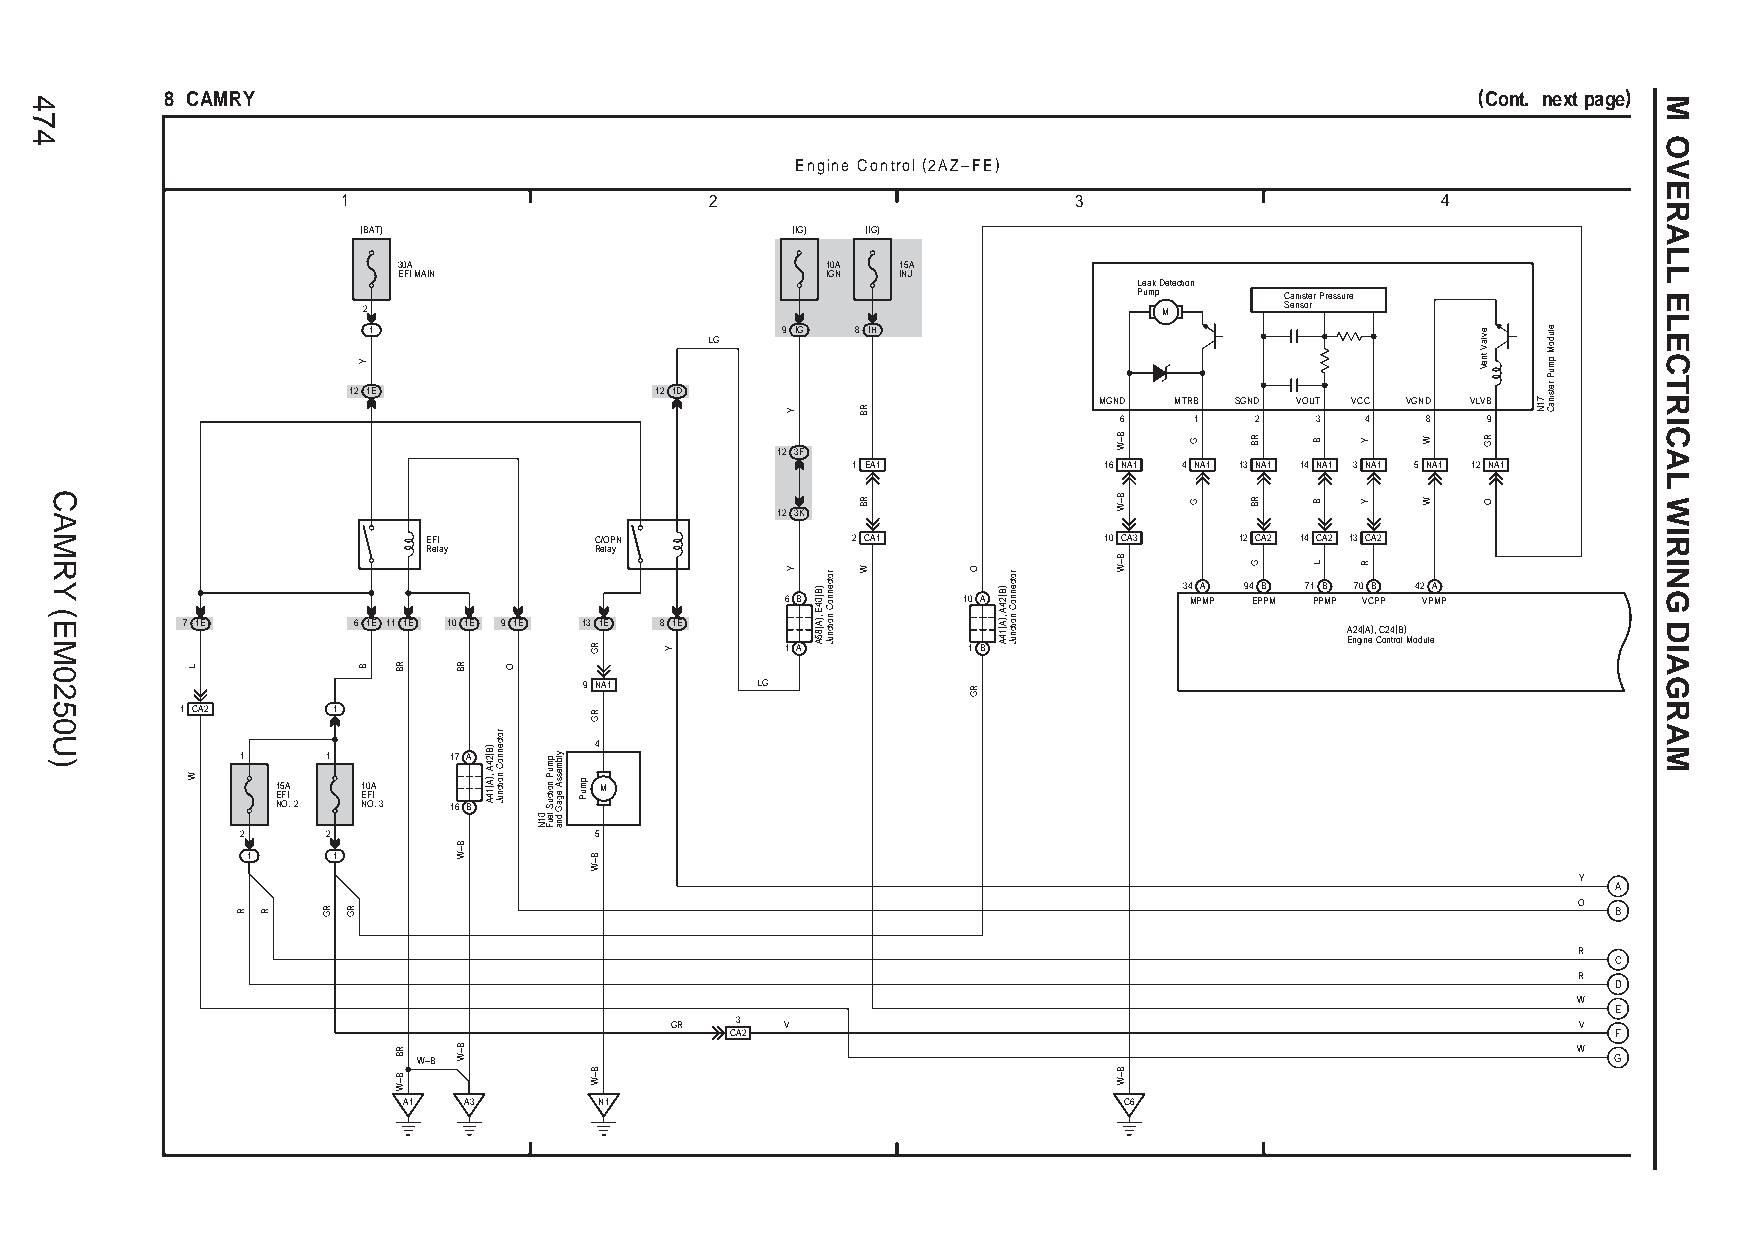
8 CAMRY                                                                                (Cont. next page)
 Engine Control (2AZ–FE)
 1                       2                       3                       4
 (BAT)                       (IG) (IG)
 30A                          10A 15A
 EFI MAIN                     IGN INJ
 Leak Detection
 Pump      Canister Pressure
 2                                                    M       Sensor
 1                           9 IG 8 IH
 LG
 12 1E               12 1D
 MGND MTRB SGND VOUT VCC VGND VLVB
 6    1   2   3  4   8   9
 12 3F
 1 EA1            16 NA1 4 NA1 13 NA1 14 NA1 3 NA1 5 NA1 12 NA1
 12 3K
 EFI        C/OPN            2 CA1            10 CA3   12 CA2 14 CA2 13 CA2
 Relay      Relay
 34 A 94 B 71 B 70 B 42 A
 6 B         10 A           MPMP EPPM PPMP VCPP VPMP
 7 1E       6 1E 11 1E 10 1E 9 1E 13 1E 8 1E                                  A24(A), C24(B)
 Engine Control Module
 1 A         1 B
 9 NA1      LG
 1 CA2     1
 4 1 1 17 A
 15A   10A             M EFI EFI
 NO. 2 NO. 3 16 B
 2     2                5
 1     1
 Y
 A
 O
 B
 R
 C
 R
 D
 W
 E
 GR   3  V                                                   V
 CA2                                                        F
 W
 W–B                                                                            G
 A1  A3       N1                                C6
 474
 CAMRY
 (EM0250U)
 L
 W
 R R  RG RG
 Y
 B RB
 RB
 B–W
 RB
 B–W
 B–W
 )B(24A
 ,)A(14A
 rotcennoC
 noitcnuJ
 O
 01N
 pmuP
 noitcuS
 leuF
 ylbmessA
 egaG
 dna
 pmuP
 RG
 RG
 B–W
 B–W
 Y
 Y
 Y
 )B(04E
 ,)A(85A
 rotcennoC
 noitcnuJ
 RB
 RB
 W      O
 RG
 )B(24A
 ,)A(14A
 rotcennoC
 noitcnuJ
 B–W
 B–W
 B–W
 B–W
 G
 G
 RB
 RB
 G
 B
 B
 L
 Y
 Y
 R
 W
 W
 evlaV
 tneV
 RG
 O
 71N
 eludoM
 pmuP
 retsinaC
 M
 OVERALL
 ELECTRICAL
 WIRING
 DIAGRAM